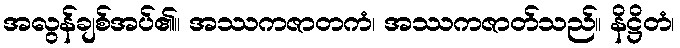
အလွန်ချစ်အပ်၏။ အဿကဇာတကံ၊ အဿကဇာတ်သည်။ နိဋ္ဌိတံ၊